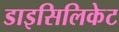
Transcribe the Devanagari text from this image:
डाइसिलिकेट